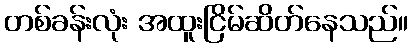
တစ်ခန်းလုံး အထူးငြိမ်ဆိတ်နေသည်။